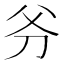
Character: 𠛈